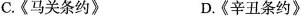
C.《马关条约》 D.《辛丑条约》